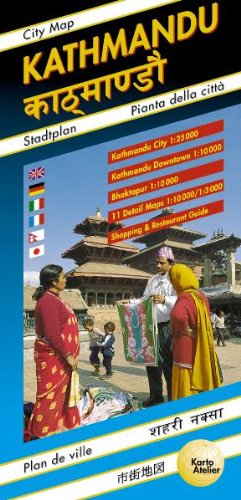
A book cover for Kathmandu City Map (English, French, Italian, German and Japanese Edition); Gecko Maps; Travel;